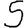
Digit: 5